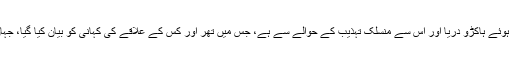
ان کا لکھا ہوا ناول ’دی ڈیڈ ریور‘ سندھ میں کسی زمانے میں بہتے ہوئے ہاکڑو دریا اور اس سے منسلک تہذیب کے حوالے سے ہے، جس میں تھر اور کس کے علاقے کی کہانی کو بیان کیا گیا، جہاں آج صرف اس دریا کے بس تھوڑے بہت نشانات ہی رہ گئے ہیں۔